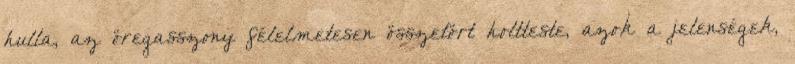
hulla, az öregasszony félelmetesen összetört holtteste, azok a jelenségek,